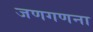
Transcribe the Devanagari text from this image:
जणगणना